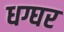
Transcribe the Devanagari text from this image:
धग्घर